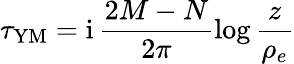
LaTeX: \tau_{\mathrm{YM}}=\mathrm{i}\, \frac{2M-N}{2\pi}\log\frac{z}{\rho_{e}}